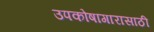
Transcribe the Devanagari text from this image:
उपकोषागारासाठी